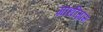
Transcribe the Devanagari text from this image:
ग्रांधीग्राम